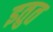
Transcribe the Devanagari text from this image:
इतुत